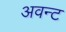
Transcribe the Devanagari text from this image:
अवन्ट